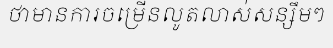
ថាមានការចម្រើនលូតលាស់សន្សឹមៗ